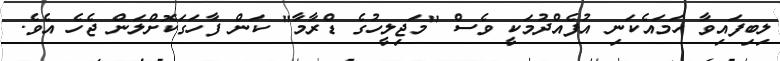
ލިބިފައިވާ ހަމައެކަނި އުފެއްދުމަކީ ވެސް "މަޖިލީހުގެ ޑްރާމާ" ކަން ފާހަގަކޮށްލަން ޖެހެ އެވެ.